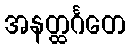
အနတ္ထင်္ဂတေ